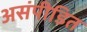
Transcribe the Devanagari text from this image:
असंपीडित